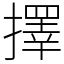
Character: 擇